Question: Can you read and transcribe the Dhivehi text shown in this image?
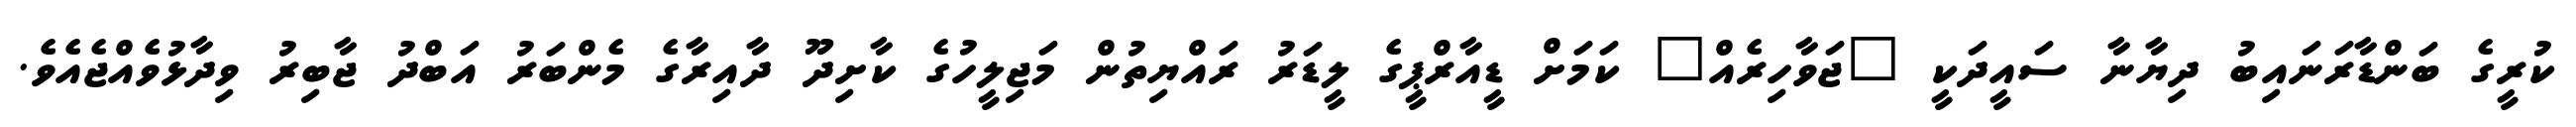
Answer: ކުރީގެ ބަންޑާރަނައިބު ދިޔާނާ ސައީދަކީ "ޖަވާހިރެއް" ކަމަށް ޑީއާރްޕީގެ ލީޑަރު ރައްޔިތުން މަޖިލީހުގެ ކާށިދޫ ދާއިރާގެ މެންބަރު އަބްދު ޖާބިރު ވިދާޅުވެއްޖެއެވެ.